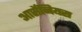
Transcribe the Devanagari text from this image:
आर्सेनियस